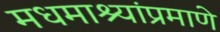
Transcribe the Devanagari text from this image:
मधमाश्यांप्रमाणे